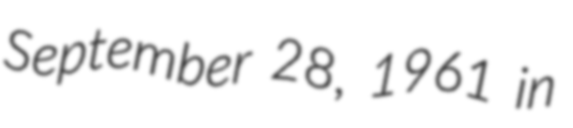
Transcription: September 28, 1961 in